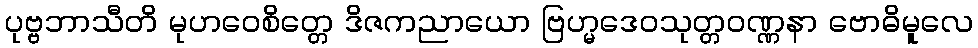
ပုဗ္ဗဘာသီတိ မုဟဝေစိတ္တေ ဒိဇကညာယော ဗြဟ္မဒေဝသုတ္တဝဏ္ဏနာ ဗောဓိမူလေ